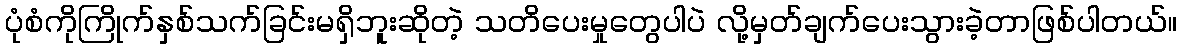
ပုံစံကိုကြိုက်နှစ်သက်ခြင်းမရှိဘူးဆိုတဲ့ သတိပေးမှုတွေပါပဲ လို့မှတ်ချက်ပေးသွားခဲ့တာဖြစ်ပါတယ်။